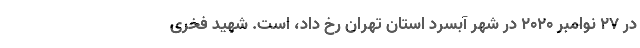
در ۲۷ نوامبر ۲۰۲۰ در شهر آبسرد استان تهران رخ داد، است. شهید فخری